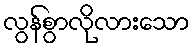
လွန်စွာလိုလားသော